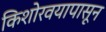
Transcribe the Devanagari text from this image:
किशोरवयापासून